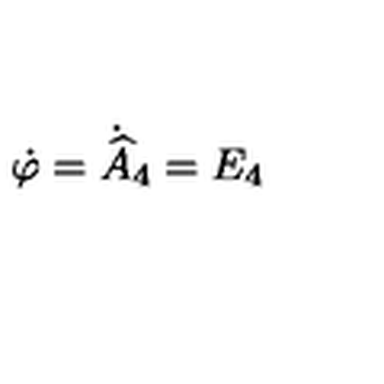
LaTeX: \dot { \varphi } = \dot { \widehat { A } } _ { 4 } = E _ { 4 }